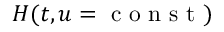
H ( t , u = \mathrm { ~ c ~ o ~ n ~ s ~ t ~ } )